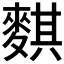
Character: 𪍀